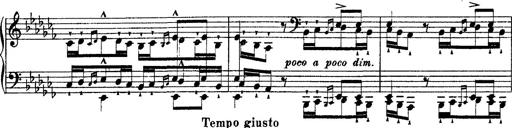
Title: Ã‰tudes d'exÃ©cution transcendante d'aprÃ¨s Paganini
Composer: Franz Liszt